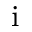
\mathrm { i }